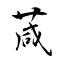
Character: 葴